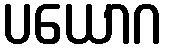
ပယောဂ